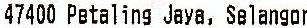
47400 PETALING JAYA, SELANGOR